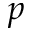
p